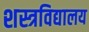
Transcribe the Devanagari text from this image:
शस्त्रविद्यालय